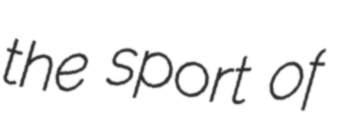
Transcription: the sport of